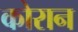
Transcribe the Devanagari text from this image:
कोरान